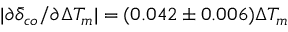
| \partial \bar { \delta } _ { c o } / \partial \Delta T _ { m } | = ( 0 . 0 4 2 \pm 0 . 0 0 6 ) \Delta T _ { m }